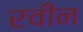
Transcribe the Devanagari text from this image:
रवीन